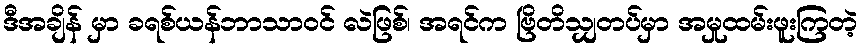
ဒီအချိန် မှာ ခရစ်ယန်ဘာသာဝင် လဲဖြစ်၊ အရင်က ဗြိတိသျှတပ်မှာ အမှုထမ်းဖူးကြတဲ့